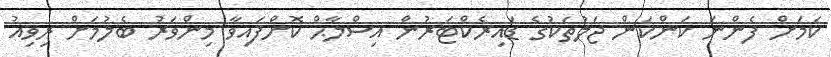
ކަމަށް ފެންނަ ކަންކަން ޖަލުތަކުގެ ޑައިރެކްޓަރުން އިސްލާޙް ކޮށްފައިވާ މިންވަރު ބެލުމަށް ރިވިއު